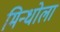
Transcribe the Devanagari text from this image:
मिन्धोला